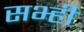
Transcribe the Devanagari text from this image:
सभ्ही